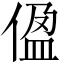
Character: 𫣂